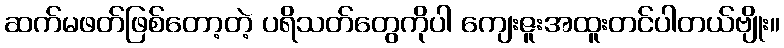
ဆက်မဖတ်ဖြစ်တော့တဲ့ ပရိသတ်တွေကိုပါ ကျေးဇူးအထူးတင်ပါတယ်ဗျိုး။